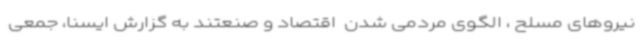
نیروهای مسلح ، الگوی مردمی شدن  اقتصاد و صنعتند به گزارش ایسنا، جمعی